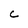
Character: C